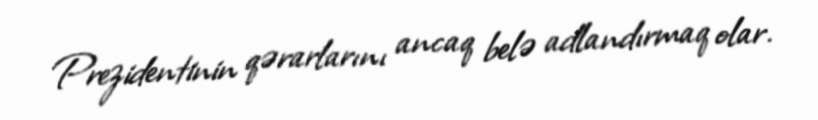
Prezidentinin qərarlarını ancaq belə adlandırmaq olar.